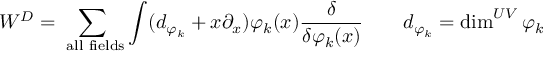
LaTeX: { \cal W } ^ { D } = \sum _ { \mathrm { \scriptsize ~ a l l ~ f i e l d s } } \int ( d _ { \varphi _ { k } } + x \partial _ { x } ) \varphi _ { k } ( x ) { \frac { \delta } { \delta \varphi _ { k } ( x ) } } \qquad d _ { \varphi _ { k } } = \dim ^ { U V } { \varphi _ { k } }